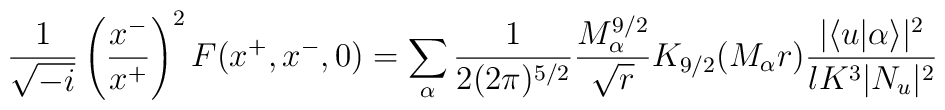
\frac{1}{\sqrt{-i} }\left(\frac{x^-}{x^+} \right)^2 F(x^+,x^-,0)=\sum_\alpha \frac{1}{2 (2\pi)^{5/2}}\frac{M_\alpha^{9/2}}{\sqrt{r}}K_{9/2}(M_\alpha r)\frac{|\langle u|\alpha\rangle|^2}{lK^3 |N_u|^2}